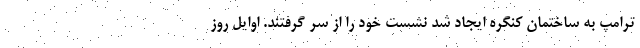
ترامپ به ساختمان کنگره ایجاد شد نشست خود را از سر گرفتند. اوایل روز